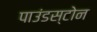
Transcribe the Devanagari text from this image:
पाउंडस्टोन